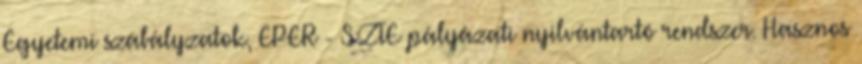
Egyetemi szabályzatok, EPER - SZTE pályázati nyilvántartó rendszer. Hasznos